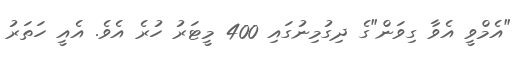
"އެމްވީ އެވާ ގިވަން"ގެ ދިގުމިނުގައި 400 މީޓަރު ހުރެ އެވެ. އެއީ ހަތަރު